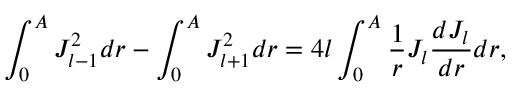
\int _ { 0 } ^ { A } J _ { l - 1 } ^ { 2 } d r - \int _ { 0 } ^ { A } J _ { l + 1 } ^ { 2 } d r = 4 l \int _ { 0 } ^ { A } \frac { 1 } { r } J _ { l } \frac { d J _ { l } } { d r } d r ,